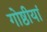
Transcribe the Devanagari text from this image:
गोष्ठीयां